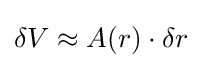
\delta V\approx A(r)\cdot \delta r